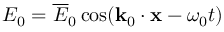
E _ { 0 } = \overline { { E } } _ { 0 } \cos ( \mathbf { k } _ { 0 } \cdot \mathbf { x } - \omega _ { 0 } t )